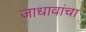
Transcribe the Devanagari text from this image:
जाधावांचा